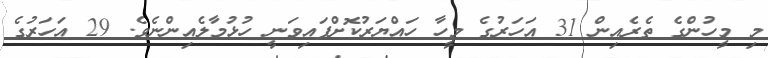
މި މީހުންގެ ތެރެއިން 31 އަހަރުގެ މީހާ ހައްޔަރުކޮށްފައިވަނީ ހުޅުމާލެއިންނެވެ. 29 އަހަރުގެ